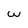
Character: w